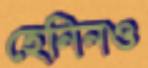
হেনিনও